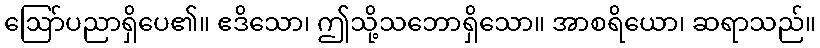
ဩော်ပညာရှိပေ၏။ ဧဒိသော၊ ဤသို့သဘောရှိသော။ အာစရိယော၊ ဆရာသည်။